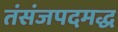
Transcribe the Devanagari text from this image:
तंसंजपदमद्ध